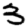
Digit: 3